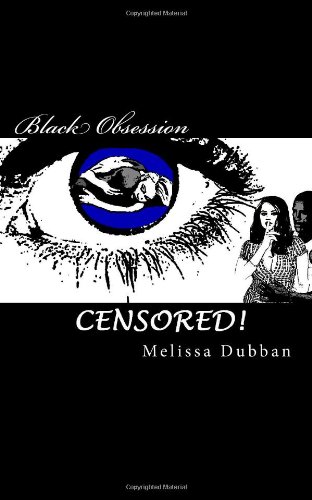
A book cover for Black Obsession - Censored; Melissa Dubban; Romance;